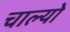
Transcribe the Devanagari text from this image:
चाल्यो